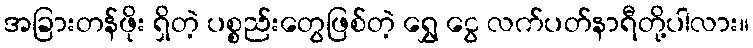
အခြားတန်ဖိုး ရှိတဲ့ ပစ္စည်းတွေဖြစ်တဲ့ ရွှေ ငွေ လက်ပတ်နာရီတို့ပါလား။